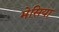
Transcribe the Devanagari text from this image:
मेसिया